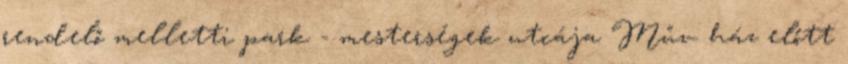
rendelő melletti park - mesterségek utcája Műv. ház előtt